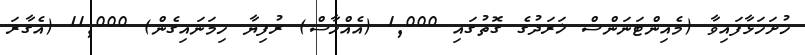
ހުށަހަޅާފައިވާ (މެއިންޓަނަންސް ޚަރަދުގެ ގޮތުގައި 1